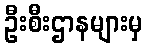
ဦးစီးဌာနများမှ